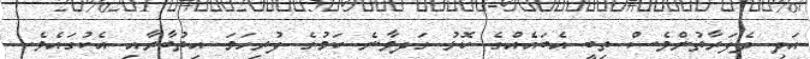
އަދި ދެފަރާތުންވެސް ތިބީ އެބައެއްގެ ކޮޅު ގަދވާނެ ކަމުގެ ފުރިހަމަ އިތުބާރާއި އެކުގައެވެ.